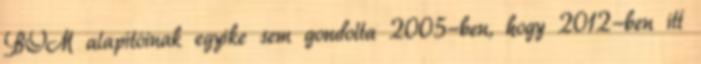
BOM alapítóinak egyike sem gondolta 2005-ben, hogy 2012-ben itt